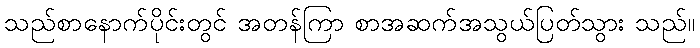
သည်စာနောက်ပိုင်းတွင် အတန်ကြာ စာအဆက်အသွယ်ပြတ်သွား သည်။